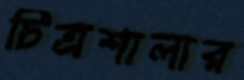
চিত্রশালার